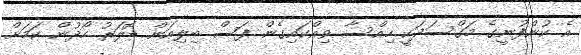
އެ ކުންފުނީގެ މަގްސަދަކީ ހިއްސާ ވިއްކައިގެން ފަސް ބިލިއަން ޑޮލަރު ހޯދުން ކަމަށް